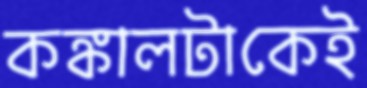
কঙ্কালটাকেই